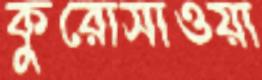
কুরোসাওয়া